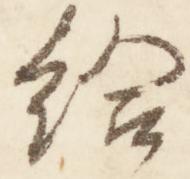
給